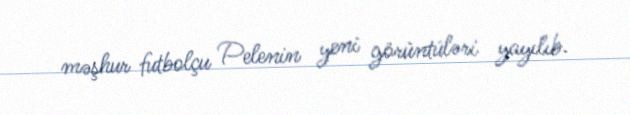
məşhur futbolçu Pelenin yeni görüntüləri yayılıb.